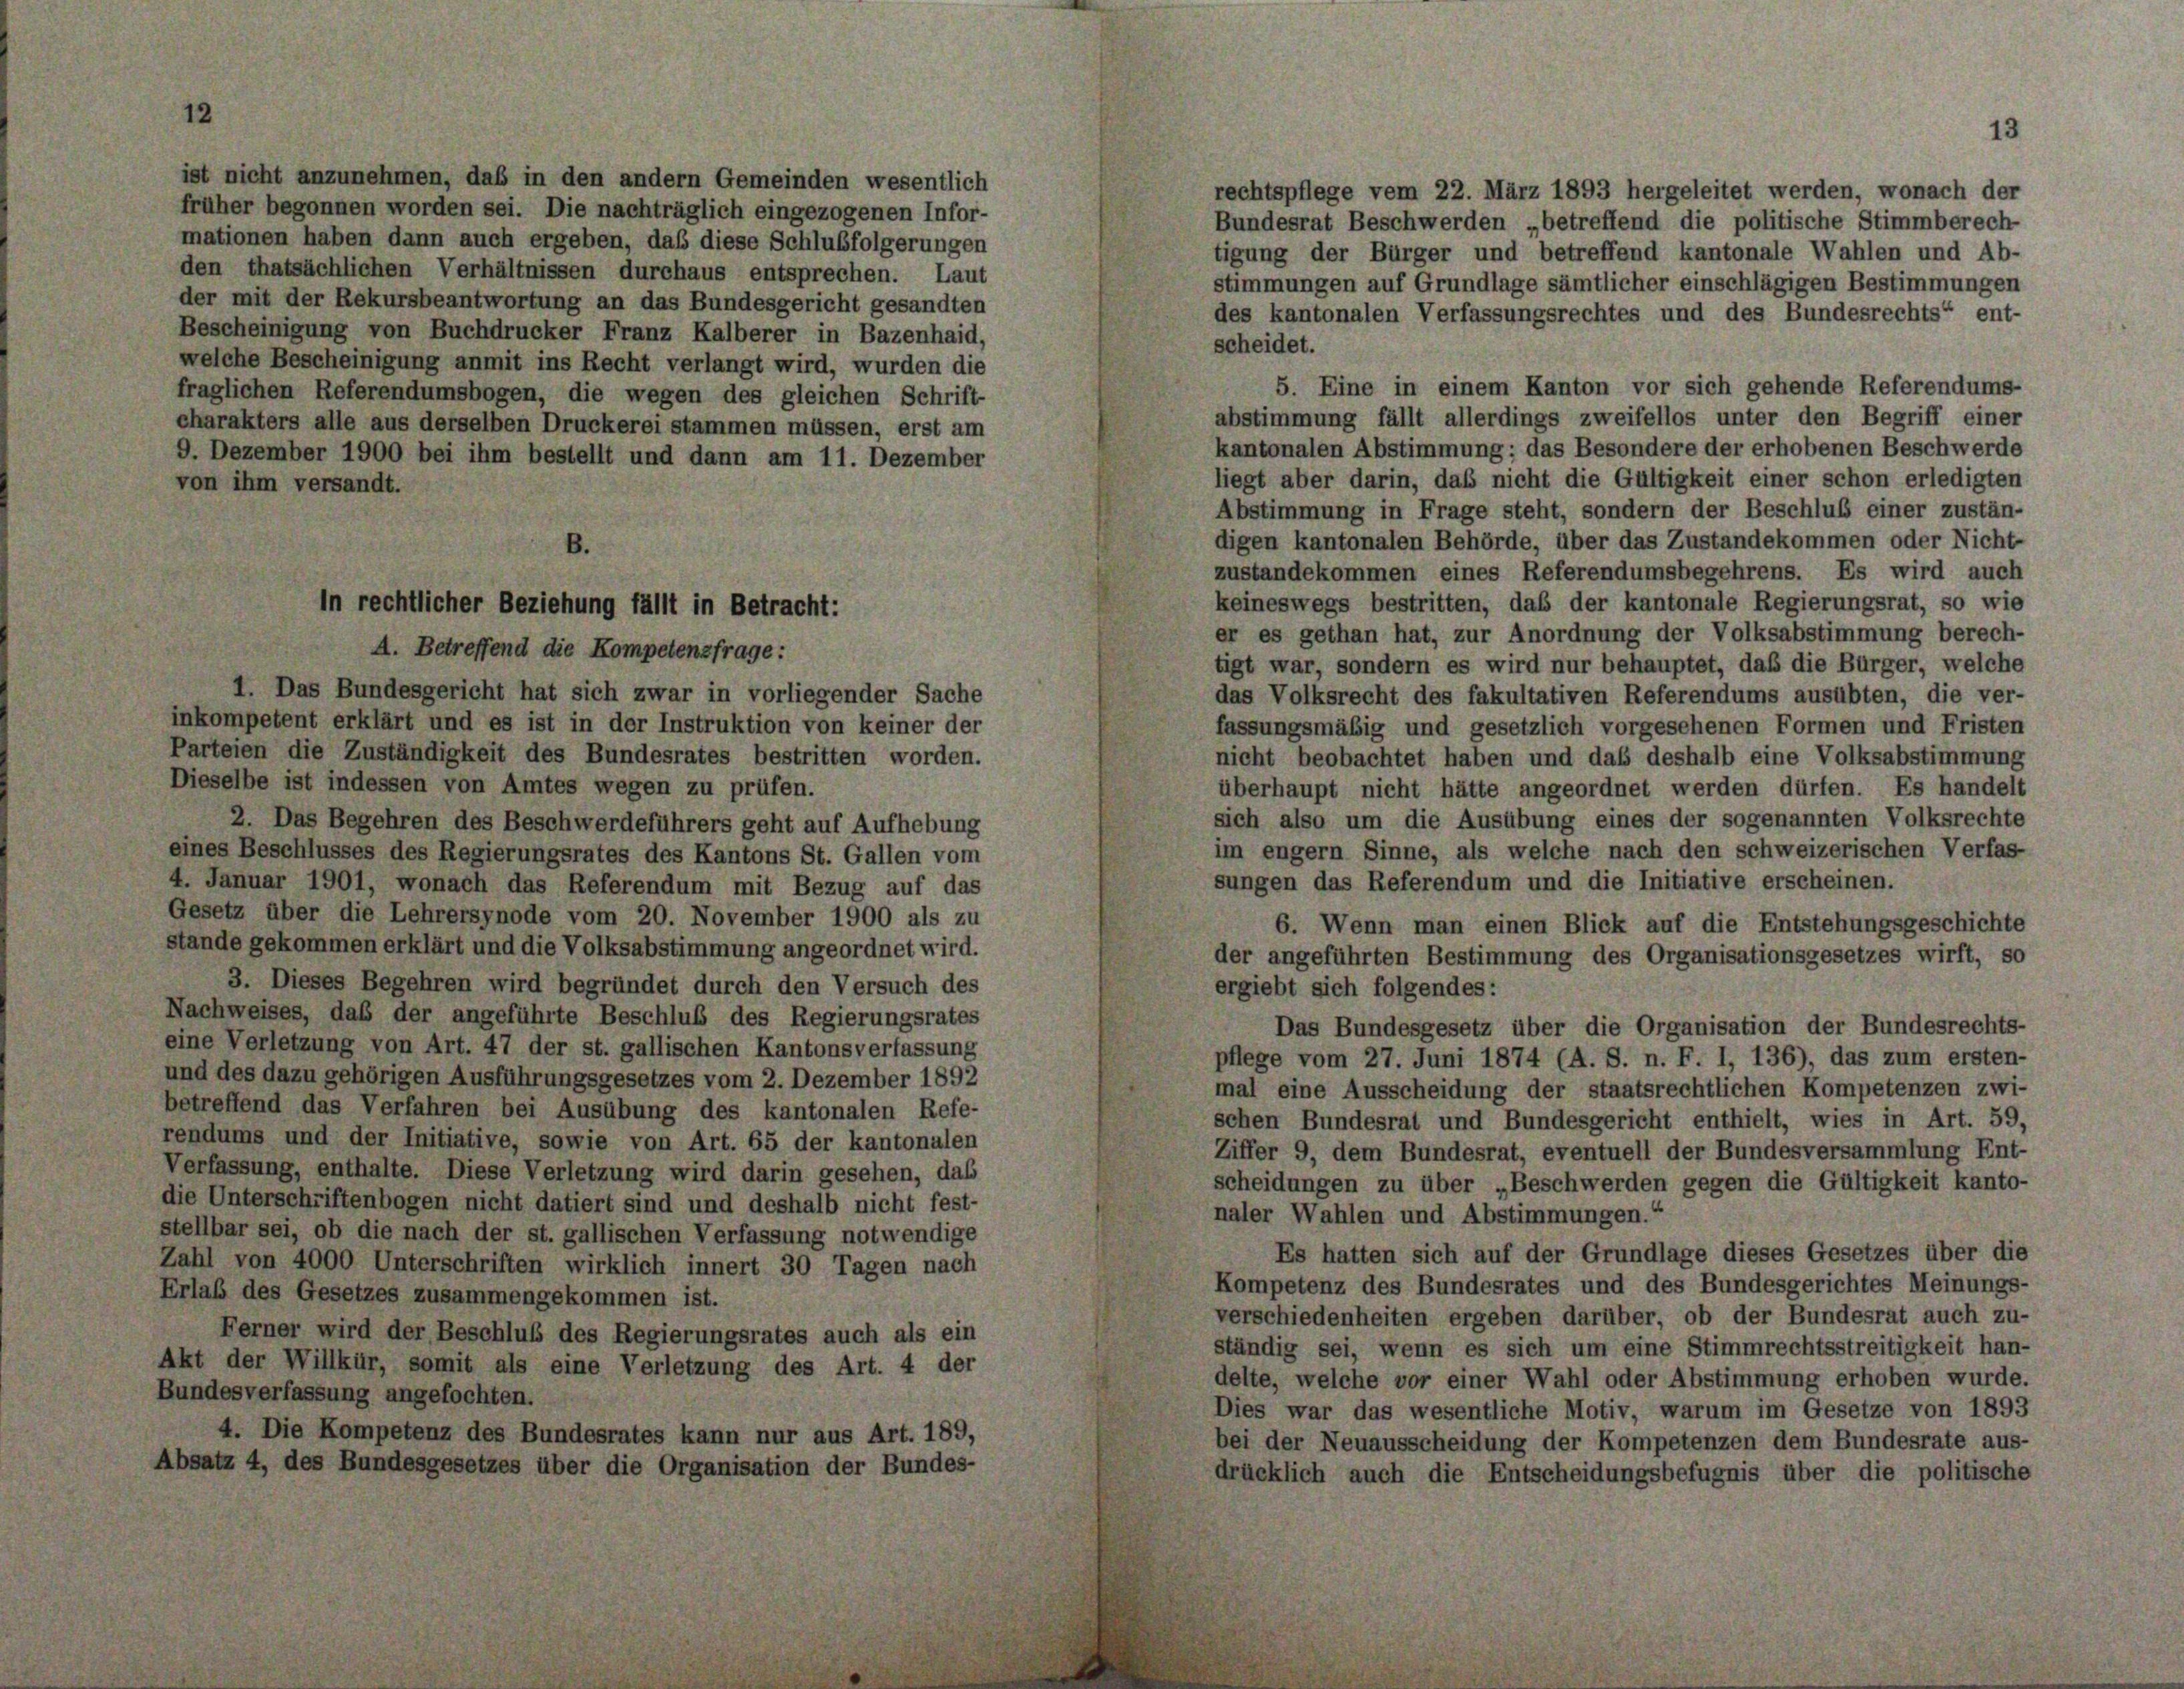
ist nicht anzunehmen, daß in den andern Gemeinden wesentlich
früher begonnen worden sei. Die nachträglich eingezogenen Infor-
mationen haben dann auch ergeben, daß diese Schlußfolgerungen
den thatsächlichen Verhältnissen durchaus entsprechen. Laut
der mit der Rekursbeantwortung an das Bundesgericht gesandten
Bescheinigung von Buchdrucker Franz Kalberer in Bazenhaid,
welche Bescheinigung anmit ins Recht verlangt wird, wurden die
fraglichen Referendumsbogen, die wegen des gleichen Schrift-
charakters alle aus derselben Druckerei stammen müssen, erst am
9. Dezember 1900 bei ihm bestellt und dann am 11. Dezember
von ihm versandt.

fällt in Betracht:

A. Betreffend die Kompetenzfrage:
1. Das Bundesgericht hat sich zwar in vorliegender Sache
inkompetent erklärt und es ist in der Instruktion von keiner der
Parteien die Zuständigkeit des Bundesrates bestritten worden.
Dieselbe ist indessen von Amtes wegen zu prüfen.
2. Das Begehren des Beschwerdeführers geht auf Aufhebung
eines Beschlusses des Regierungsrates des Kantons St. Gallen vom
4. Januar 1901, wonach das Referendum mit Bezug auf das
Gesetz über die Lehrersynode vom 20. November 1900 als zu
stände gekommen erklärt und die Volksabstimmung angeordnet wird.
3. Dieses Begehren wird begründet durch den Versuch des
Nachweises, daß der angeführte Beschluß des Regierungsrates
eine Verletzung von Art. 47 der st. gallischen Kantonsverfassung
und des dazu gehörigen Ausführungsgesetzes vom 2. Dezember 1892
betreffend das Verfahren bei Ausübung des kantonalen Refe-
rendums und der Initiative, sowie von Art. 65 der kantonalen
Verfassung, enthalte. Diese Verletzung wird darin gesehen, daß
die Unterschriftenbogen nicht datiert sind und deshalb nicht fest-
stellbar sei, ob die nach der st. gallischen Verfassung notwendige
Zahl von 4000 Unterschriften wirklich innert 30 Tagen nach
Erlaß des Gesetzes zusammengekommen ist.
Ferner wird der Beschluß des Regierungsrates auch als ein
Akt der Willkür, somit als eine Verletzung des Art. 4 der
Bundesverfassung angefochten.
4. Die Kompetenz des Bundesrates kann nur aus Art. 189,
Absatz 4, des Bundesgesetzes über die Organisation der Bundes-

13

rechtspflege vom 22. März 1893 hergeleitet werden, wonach der
Bundesrat Beschwerden „betreffend die politische Stimmberech-
tigung der Bürger und betreffend kantonale Wahlen und Ab-
stimmungen auf Grundlage sämtlicher einschlägigen Bestimmungen
des kantonalen Verfassungsrechtes und des Bundesrechts“ ent-
scheidet.
5. Eine in einem Kanton vor sich gehende Referendums
abstimmung fällt allerdings zweifellos unter den Begriff einer
kantonalen Abstimmung; das Besondere der erhobenen Beschwerde
liegt aber darin, daß nicht die Gültigkeit einer schon erledigten
Abstimmung in Frage steht, sondern der Beschluß einer zustän-
digen kantonalen Behörde, über das Zustandekommen oder Nicht-
zustandekommen eines Referendumsbegehrens. Es wird auch
keineswegs bestritten, daß der kantonale Regierungsrat, so wie
er es gethan hat, zur Anordnung der Volksabstimmung berech-
tigt war, sondern es wird nur behauptet, daß die Bürger, welche
das Volksrecht des fakultativen Referendums ausübten, die ver-
fassungsmäßig und gesetzlich vorgesehenen Formen und Fristen
nicht beobachtet haben und daß deshalb eine Volksabstimmung
überhaupt nicht hätte angeordnet werden dürfen. Es handelt
sich also um die Ausübung eines der sogenannten Volksrechte
im engem Sinne, als welche nach den schweizerischen Verfas-
sungen das Referendum und die Initiative erscheinen.
6. Wenn man einen Blick auf die Entstehungsgeschichte
der angeführten Bestimmung des Organisationsgesetzes wirft, so
ergiebt sich folgendes:
Das Bundesgesetz über die Organisation der Bundesrechts-
pflege vom 27. Juni 1874 (A. S. n. F. I, 136), das zum ersten-
mal eine Ausscheidung der staatsrechtlichen Kompetenzen zwi-
schen Bundesrat und Bundesgericht enthielt, wies in Art. 59,
Ziffer 9, dem Bundesrat, eventuell der Bundesversammlung Ent-
scheidungen zu über „Beschwerden gegen die Gültigkeit kanto-
naler Wahlen und Abstimmungen.“
Es hatten sich auf der Grundlage dieses Gesetzes über die
Kompetenz des Bundesrates und des Bundesgerichtes Meinungs-
verschiedenheiten ergeben darüber, ob der Bundesrat auch zu-
ständig sei, wenn es sich um eine Stimmrechtsstreitigkeit han-
delte, welche vor einer Wahl oder Abstimmung erhoben wurde.
Dies war das wesentliche Motiv, warum im Gesetze von 1893
bei der Neuausscheidung der Kompetenzen dem Bundesrate aus-
drücklich auch die Entscheidungsbefugnis über die politische